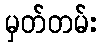
မှတ်တမ်း